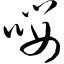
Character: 嘤